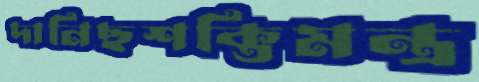
দানিছশক্তিমন্ত্র